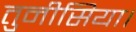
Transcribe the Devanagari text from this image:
तुनीसिया।